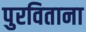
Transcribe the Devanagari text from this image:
पुरविताना